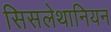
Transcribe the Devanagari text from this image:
सिसलेथानियन